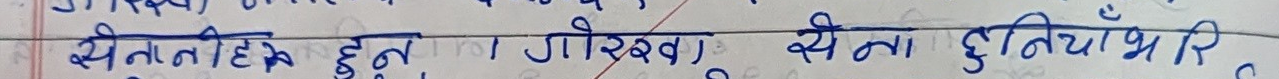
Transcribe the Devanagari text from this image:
सेनापति हेन गौरव सेना दुतिया भीर